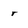
Character: r